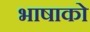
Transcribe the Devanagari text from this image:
भाषाको